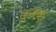
વળણ